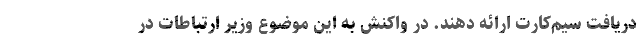
دریافت سیم‌کارت ارائه دهند. در واکنش به این موضوع وزیر ارتباطات در